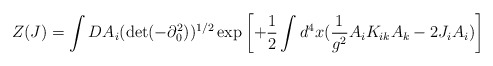
\begin{align*} Z(J)= \int DA_i (\det(-\partial^2_0))^{1/2}\exp \left[+\frac{1}{2} \int d^4 x( \frac{1}{g^2} A_i K_{ik} A_k - 2J_i A_i) \right]\end{align*}